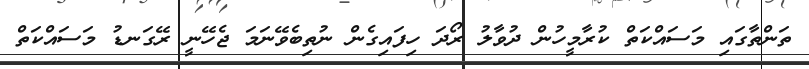
ތަންތާގައި މަސައްކަތް ކުރާމީހުން ދުވާލު ރޯދަ ހިފައިގެން ނުތިބެވޭނަމަ ޖެހޭނީ ރޭގަނޑު މަސައްކަތް